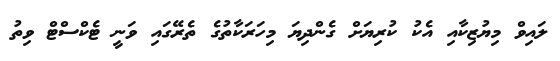
ލައިވް މިޔުޒިކާއި އެކު ކުރިޔަށް ގެންދިޔަ މިހަރަކާތުގެ ތެރޭގައި ވަނީ ޓެކްސްޓް ވިތު